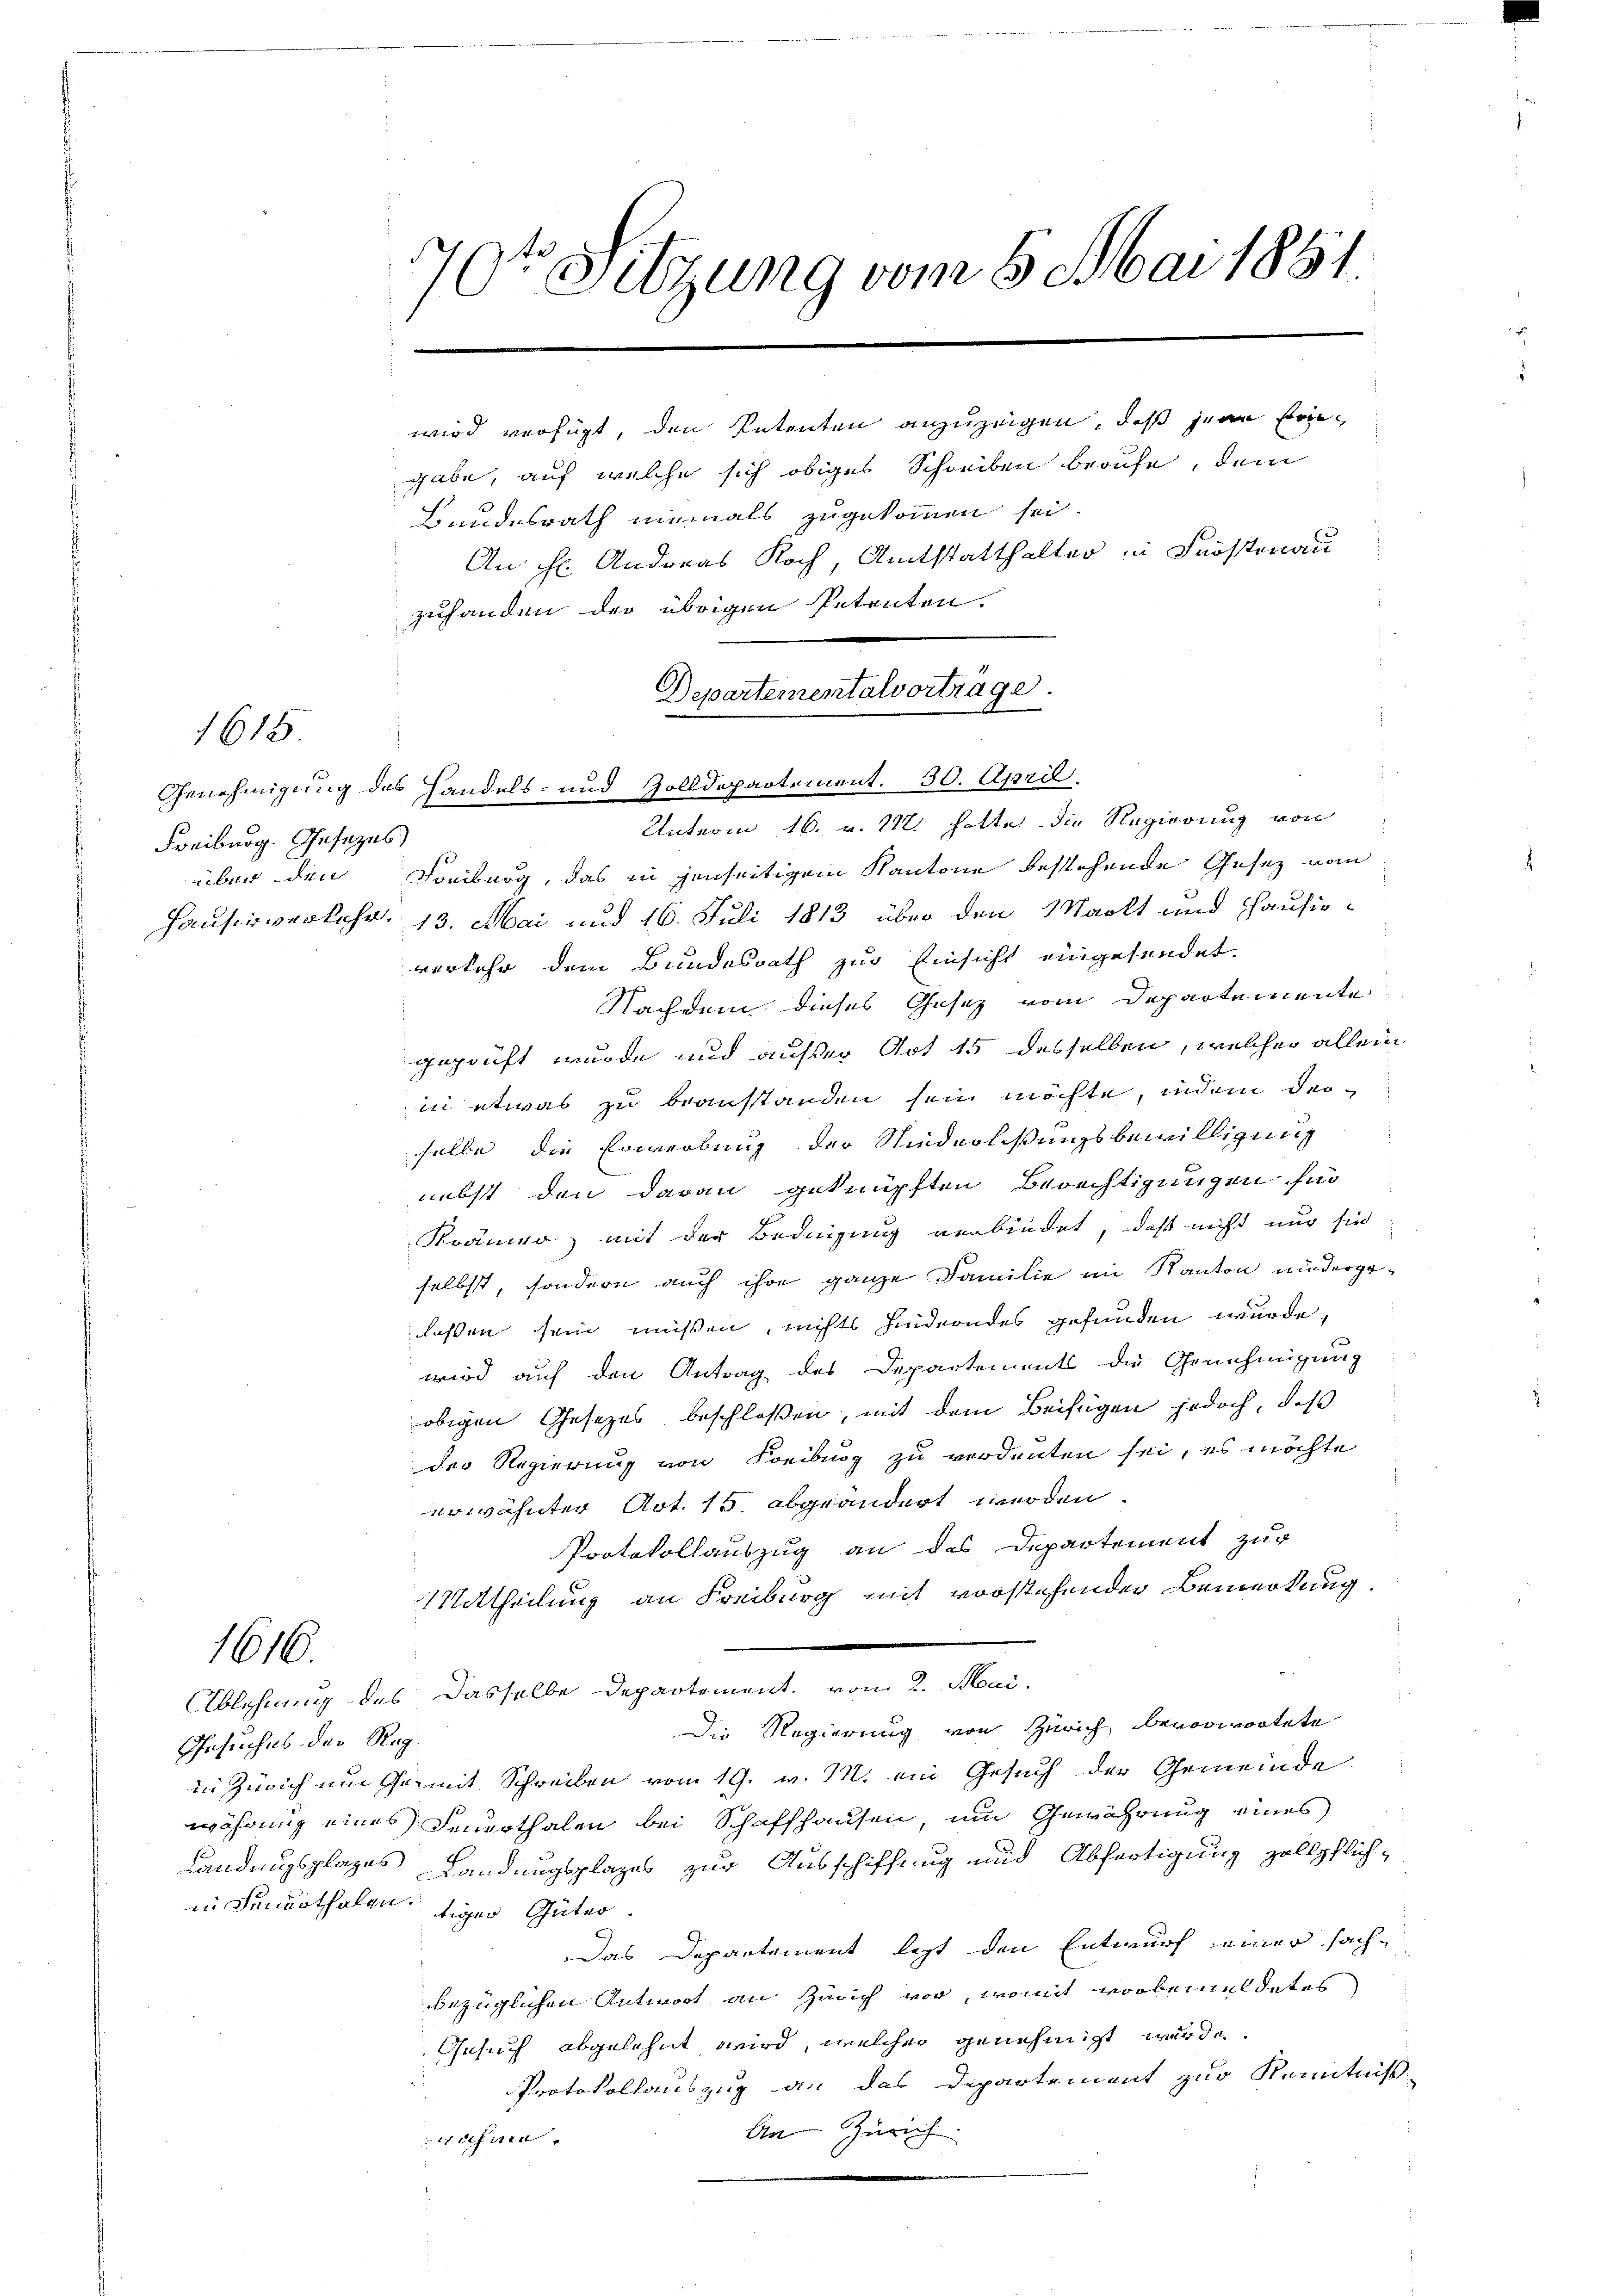
1615

Freiburg. Gesezes

1616.

Gesuches der Reg

70te Sitzung vom 5. Mai 1851.
wird verfügt, den Petenten anzuzeigen, daß jene Eingabe, auf welche sich obiges Schreiben berufe, dem

Bundesrath niemals zugekommen sei.
An H. Andreas Koch, Amtstatthalter in Kostenau
zuhanden der übrigen Petenten.
Departementalvortrage.

Genehmigung des Handels- und Zolldepartement. 30. April

Unterm 16. u. 112. hatte die Regierung von
über den Freiburg, das in jenseitigem Kantone bestehende Gesetz vom
Hausen verkehr. 13. Mai und 16. Juli 1813 über den Markt und Hausioverkehr dem Bundesrath zur Einsicht eingesendet.
Nachdem dieses Gesetz vom Departemente
geprüft wurde und außer Art 15 desselben, welcher allein
in etwas zu beanstanden sein möchte, indem derselbe die Erwerbung der Niederlaßungsbewilligung
nebst den daran geknüpften Berechtigungen für
Krämer, mit der Bedingung verbindet, daß nicht nur sie
selbst, sondern auch ihre ganze Familie im Kanton niedergelaßen sein müssen, nichts hinderndes gefunden wurde,
wird auf den Antrag des Departements die Genehmigung
obigen Gesetzes beschlossen, mit dem Beifügen jedoch, daß
der Regierung von Freibung zu verdenten sei, es möchte
erwähnter Art. 15. abgeändert werden.
Protokollauszug an das Departement zur
Mittheilung an Freiburg mit vorstehenden Bemerkung
Ablehnung des Dasselbe Departement, vom 2. Mai.
Die Regierung von Zürich bevorwortete
in Zürich um Germit Schreiben vom 19. v. M. ein Gesuch der Gemeinde
währung eines Feuerthalen bei Schaffhausen, um Gewährung eines
Landungsplazes Landungsplazes zur Ausschiffung und Abfertigung zollpflichin Funurthalen, tigen Güter
Das Departement legt den Entwurf einer sach-
bbezüglichen Antwort an Zürich vor, womit vorbemeldetes
Gesuch abgelehnt wird, welcher genehmigt werde.
Protokollauszug an das Departement zur Kenntniß
An Zürich
nahmen.